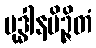
ဗုဒ္ဓါနမိဉ္ဇိတံ